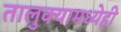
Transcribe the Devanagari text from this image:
तालुक्यामध्येही